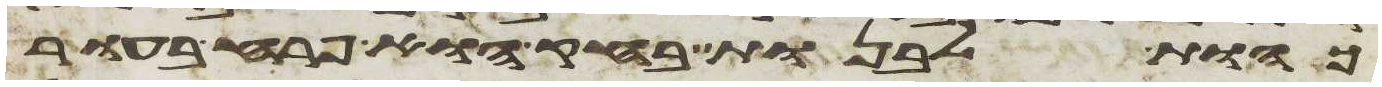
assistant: כהות לבנות בחק הוא פרח בעור